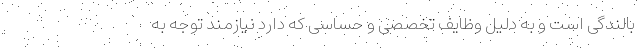
بالندگی است و به دلیل وظایف تخصصی و حساسی که دارد نیازمند توجه به